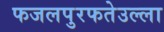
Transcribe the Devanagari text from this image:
फजलपुरफतेउल्ला